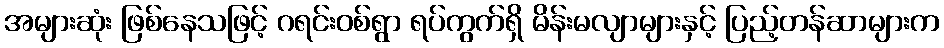
အများဆုံး ဖြစ်နေသဖြင့် ဂရင်းဝစ်ရွာ ရပ်ကွက်ရှိ မိန်းမလျာများနှင့် ပြည့်တန်ဆာများက